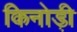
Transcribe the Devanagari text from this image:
किनोड़ी